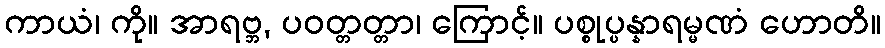
ကာယံ၊ ကို။ အာရဗ္ဘ, ပဝတ္တတ္တာ၊ ကြောင့်။ ပစ္စုပ္ပန္နာရမ္မဏံ ဟောတိ။